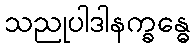
သညုပါဒါနက္ခန္ဓေ